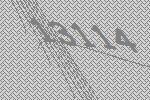
13114